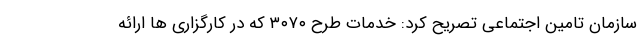
سازمان تامین اجتماعی تصریح کرد: خدمات طرح ۳۰۷۰ که در کارگزاری ها ارائه